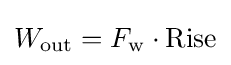
W_{\rm {out}}=F_{\rm {w}}\cdot {\text{Rise}}